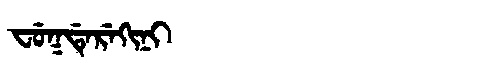
Manchu: ᠸᡠᡴᡩᡝᡵᡝᡴᡳᠨᡳ
Romanization: FUKDEREKINI